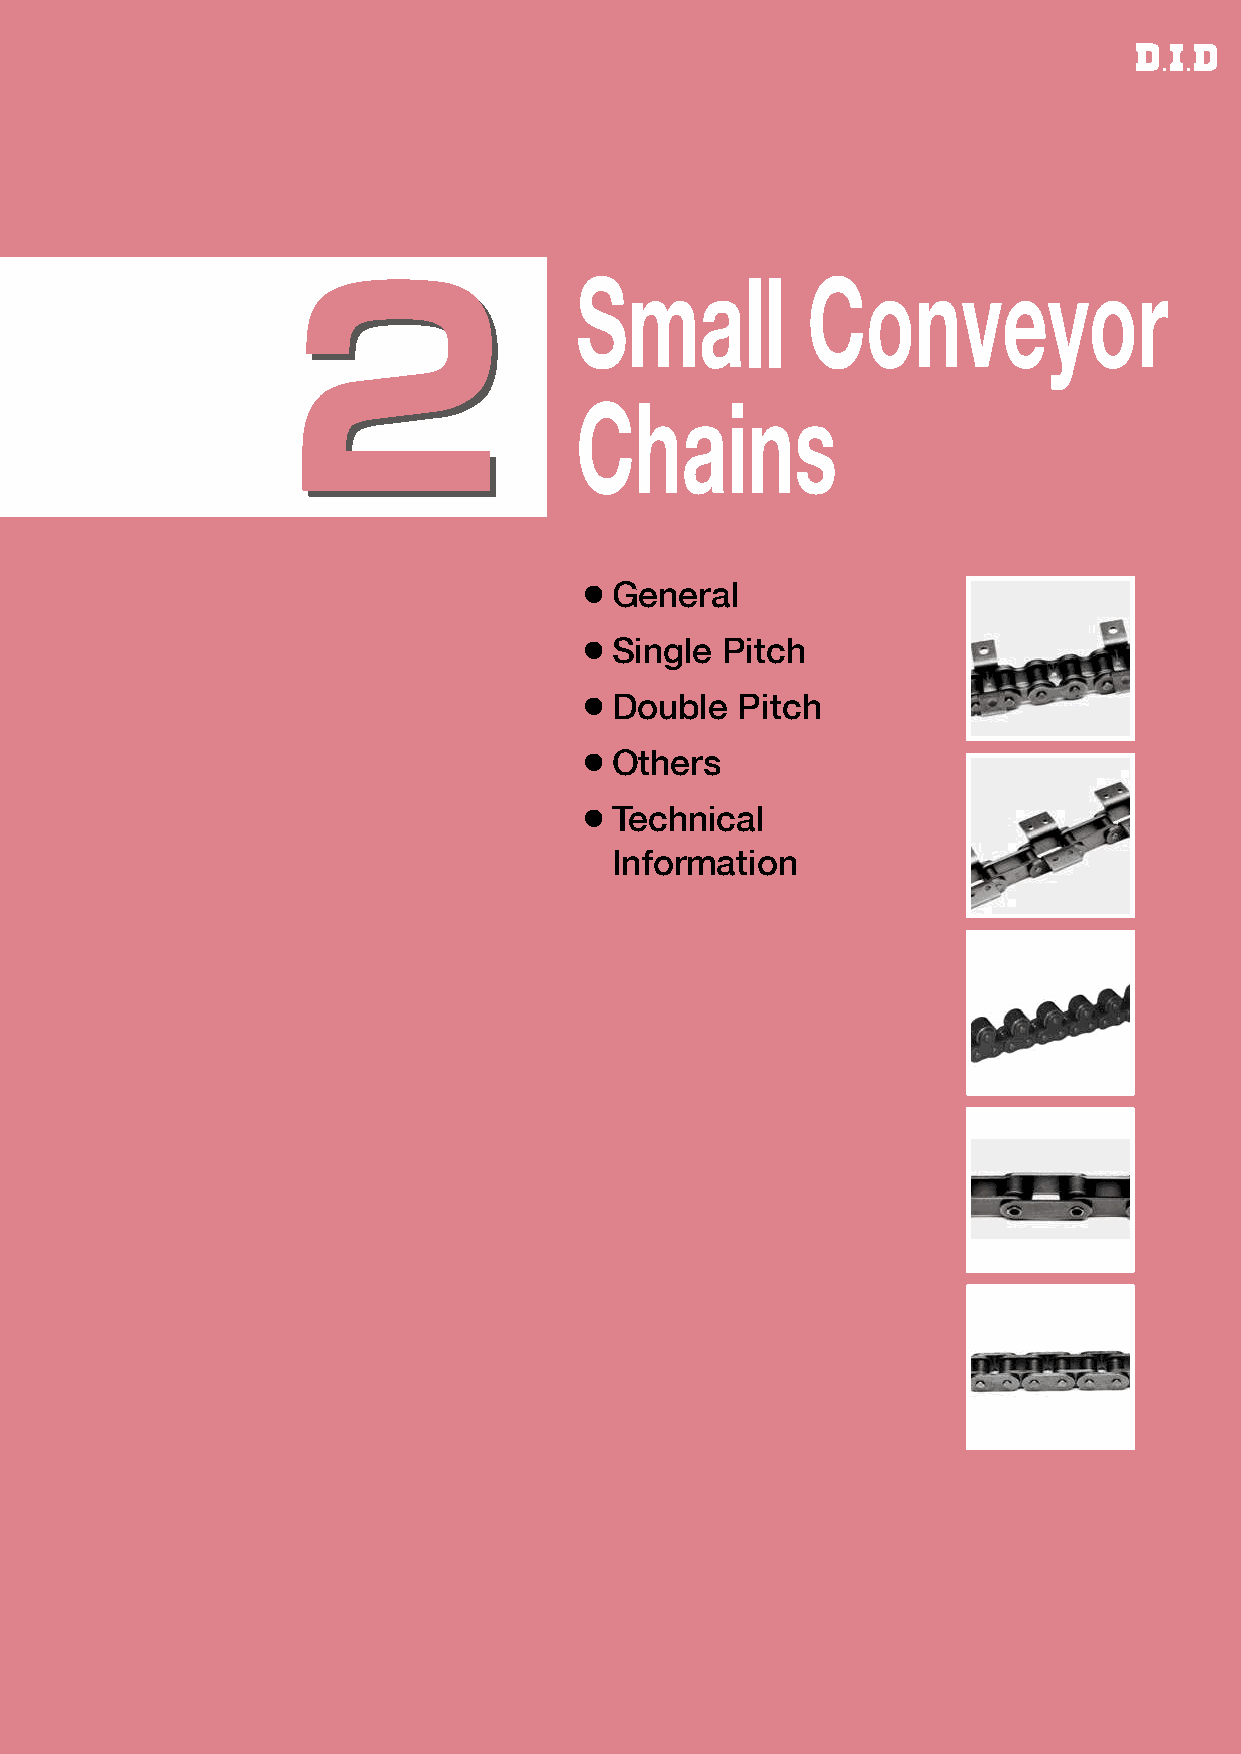
22                 Small          Conveyor
 Chains
 ¡General
 ¡Single  Pitch
 ¡Double   Pitch
 ¡Others
 ¡Technical
 Information